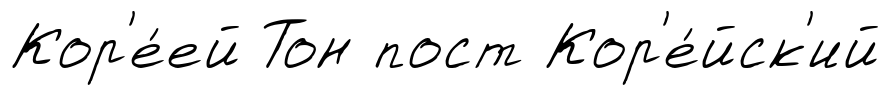
Кор'е́ей Тон пост Кор'е́йск'ий